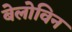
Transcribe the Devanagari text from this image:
बेलोविन